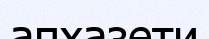
апхазети